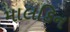
માલકિન